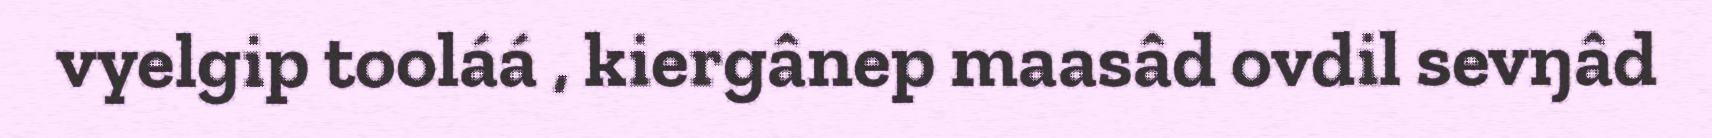
vyelgip tooláá , kiergânep maasâd ovdil sevŋâd